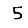
Digit: 5